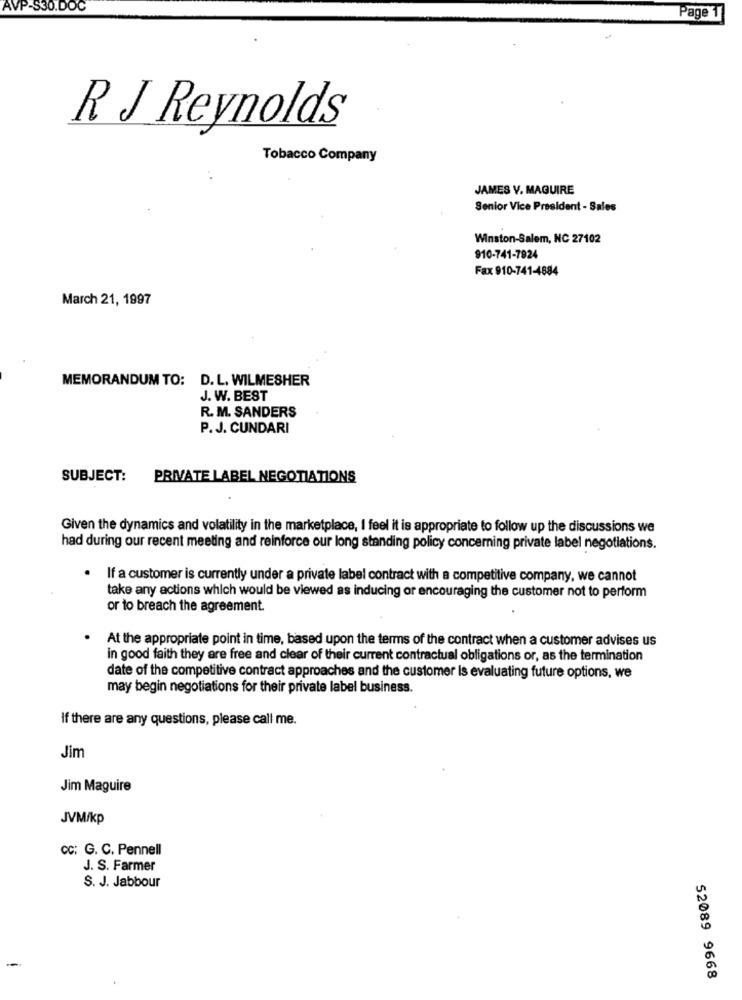
AVP-S30.DOC
Page 1
R J Reynolds
Tobacco Company
JAMES V. MAGUIRE
Senior Vice President - Sales
Winston-Salem, NC 27102
910-741-7924
Fax 910-741-4884
March 21, 1997
MEMORANDUM TO: D. L. WILMESHER
J. W. BEST
R. M. SANDERS
P.J. CUNDARI
SUBJECT:
PRIVATE LABEL NEGOTIATIONS
Given the dynamics and volatility in the marketplace, I feel it is appropriate to follow up the discussions we
had during our recent meeting and reinforce our long standing policy concerning private label negotiations.
· If a customer is currently under a private label contract with a competitive company, we cannot
take any actions which would be viewed as inducing or encouraging the customer not to perform
or to breach the agreement.
At the appropriate point in time, based upon the terms of the contract when a customer advises us
in good faith they are free and clear of their current contractual obligations or, as the termination
date of the competitive contract approaches and the customer Is evaluating future options, we
may begin negotiations for their private label business.
If there are any questions, please call me.
Jim
Jim Maguire
JVM/kp
CC: G. C. Pennell
J. S. Farmer
S. J. Jabbour
-
52089 9668